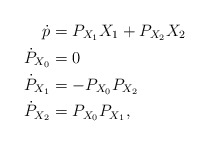
\begin{align*} \dot{p} & = P_{X_1} X_1 + P_{X_2} X_2 \\ \dot{P}_{X_0} & = 0 \\ \dot{P}_{X_1} & = -P_{X_0} P_{X_2} \\ \dot{P}_{X_2} & = P_{X_0} P_{X_1}, \end{align*}